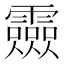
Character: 𲊎